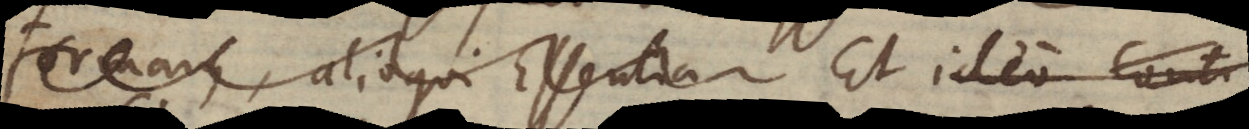
formam, alioqui Essentia Et ideo conti